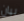
بيان